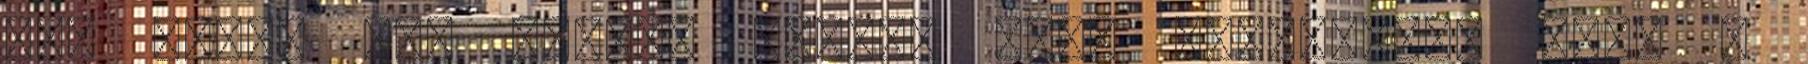
:-D Addig is. legyen nagyon szép hétvégétek Kész a